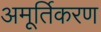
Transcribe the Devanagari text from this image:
अमूर्तिकरण